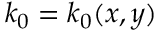
k _ { 0 } = k _ { 0 } ( x , y )